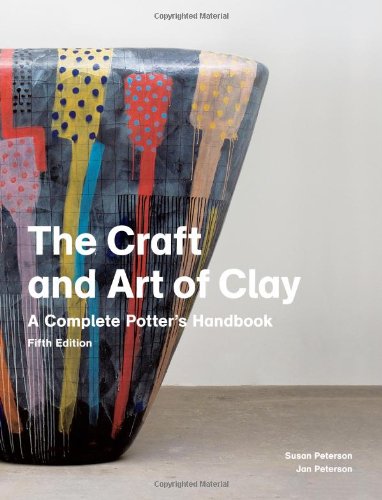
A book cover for The Craft and Art of Clay: A Complete Potter's Handbook; Jan Peterson; Crafts, Hobbies & Home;